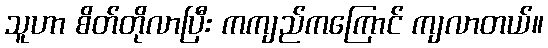
သူဟာ စိတ်တိုလာပြီး ကကျည်ကကြောင် ကျလာတယ်။